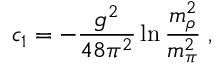
c _ { 1 } = - \frac { g ^ { 2 } } { 4 8 \pi ^ { 2 } } \ln { \frac { m _ { \rho } ^ { 2 } } { m _ { \pi } ^ { 2 } } } \; ,